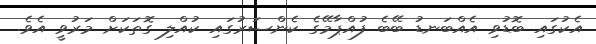
އެކުގައި ބޮޑުވި އެއްބަނޑު ބޭބެ ފުއްޕާމޭގެ ކެންސަރުގައި ކުއްލި ގޮތަކަށް މަރުވީ އެވެ.